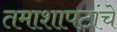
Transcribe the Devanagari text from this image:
तमाशापटांचे